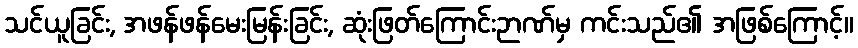
သင်ယူခြင်း, အဖန်ဖန်မေးမြန်းခြင်း, ဆုံးဖြတ်ကြောင်းဉာဏ်မှ ကင်းသည်၏ အဖြစ်ကြောင့်။